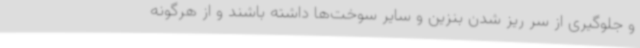
و جلوگیری از سر ریز شدن بنزین و سایر سوخت‌ها داشته باشند و از هرگونه